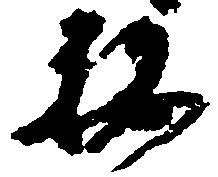
被